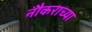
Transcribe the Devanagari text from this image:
नौकराच्या